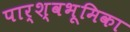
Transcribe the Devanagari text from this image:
पार्श्वभूमिका